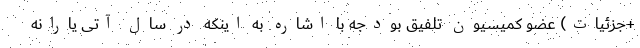
+جزئیات) عضو کمیسیون تلفیق بودجه با اشاره به اینکه در سال آتی یارانه